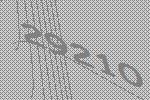
29210